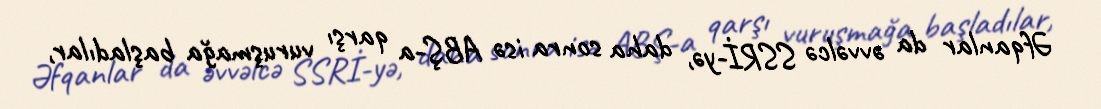
Əfqanlar da əvvəlcə SSRİ-yə, daha sonra isə ABŞ-a qarşı vuruşmağa başladılar,